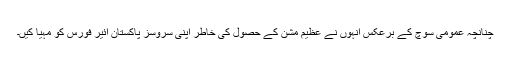
چنانچہ عمومی سوچ کے برعکس انہوں نے عظیم مشن کے حصول کی خاطر اپنی سروسز پاکستان ائیر فورس کو مہیا کیں۔